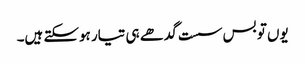
یوں تو بس سست گدھے ہی تیار ہوسکتے ہیں۔